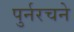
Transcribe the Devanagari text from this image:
पुर्नरचने